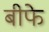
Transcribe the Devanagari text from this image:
बीफे